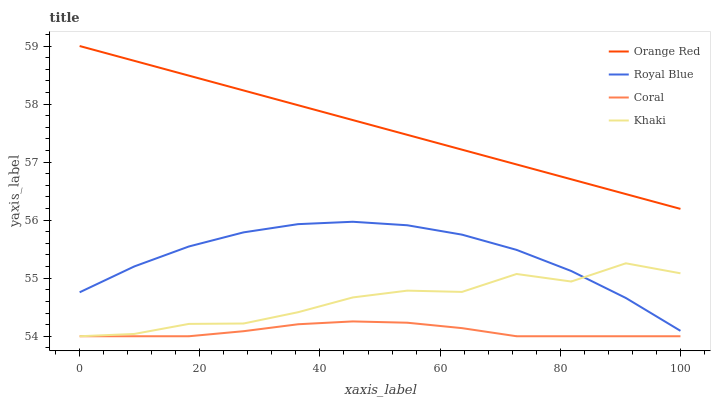
| xaxis_label | Orange Red | Royal Blue | Coral | Khaki |
 | --- | --- | --- | --- | --- |
 | 0 | 59 | 54.8 | 54 | 54 |
 | 9.09 | 58.7 | 55.2 | 54 | 54 |
 | 18.2 | 58.5 | 55.5 | 54 | 54.2 |
 | 27.3 | 58.2 | 55.8 | 54.1 | 54.2 |
 | 36.4 | 58 | 55.9 | 54.2 | 54.4 |
 | 45.5 | 57.7 | 56 | 54.3 | 54.7 |
 | 54.5 | 57.5 | 55.9 | 54.2 | 54.8 |
 | 63.6 | 57.2 | 55.8 | 54.1 | 54.8 |
 | 72.7 | 57 | 55.5 | 54 | 55.1 |
 | 81.8 | 56.7 | 55.1 | 54 | 54.9 |
 | 90.9 | 56.4 | 54.7 | 54 | 55.3 |
 | 100 | 56.2 | 54.1 | 54 | 55.1 |